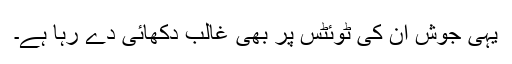
یہی جوش ان کی ٹوئٹس پر بھی غالب دکھائی دے رہا ہے۔